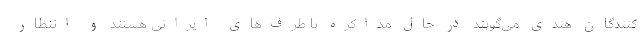
کنندگان هندی می‌گویند در حال مذاکره با طرف‌های ایرانی هستند و انتظار